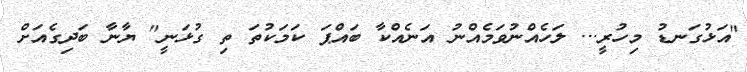
"އަޅުގަނޑު މިހުރީ... ލަހެއްނުވަމެއްނު އަނެއްކާ ބައްޕަ ކަމަކުތަ ތި ގުޅަނީ" ޔާނާ ބަދިގެއަށް